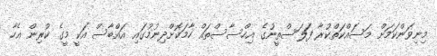
މިނިވަންކަމަށް މަސައްކަތްކުރާ ފަލަސްތީނުގެ އިހްސާސްތައް ހާމަކޮށްދިނުމުގައި އައްބާސް އަކީ މީގެ ކުރިން އެހާ